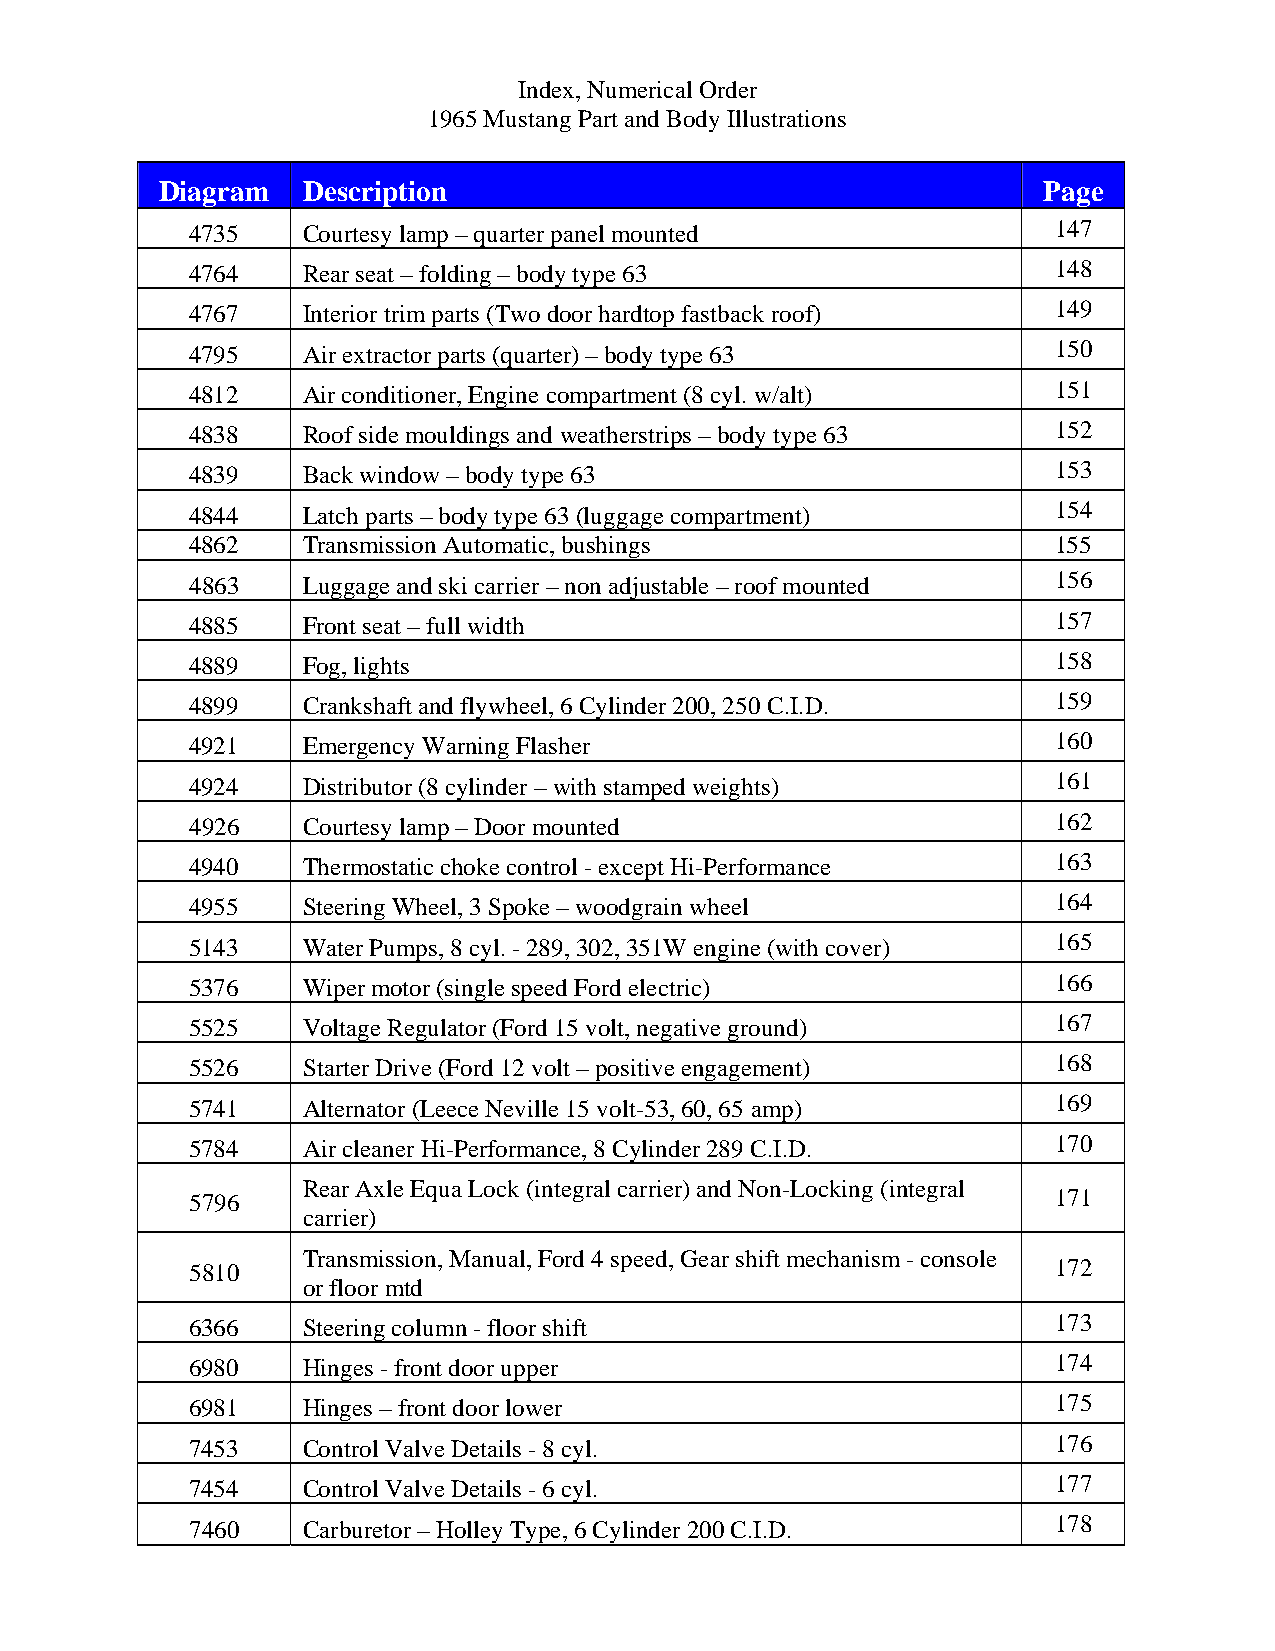
Index, Numerical Order
 1965 Mustang Part and Body Illustrations
 Diagram  Description                                      Page
 4735   Courtesy lamp – quarter panel mounted             147
 4764   Rear seat – folding – body type 63                148
 4767   Interior trim parts (Two door hardtop fastback roof) 149
 4795   Air extractor parts (quarter) – body type 63      150
 4812   Air conditioner, Engine compartment (8 cyl. w/alt) 151
 4838   Roof side mouldings and weatherstrips – body type 63 152
 4839   Back window – body type 63                        153
 4844   Latch parts – body type 63 (luggage compartment)  154
 4862   Transmission Automatic, bushings                  155
 4863   Luggage and ski carrier – non adjustable – roof mounted 156
 4885   Front seat – full width                           157
 4889   Fog, lights                                       158
 4899   Crankshaft and flywheel, 6 Cylinder 200, 250 C.I.D. 159
 4921   Emergency Warning Flasher                         160
 4924   Distributor (8 cylinder – with stamped weights)   161
 4926   Courtesy lamp – Door mounted                      162
 4940   Thermostatic choke control - except Hi-Performance 163
 4955   Steering Wheel, 3 Spoke – woodgrain wheel         164
 5143   Water Pumps, 8 cyl. - 289, 302, 351W engine (with cover) 165
 5376   Wiper motor (single speed Ford electric)          166
 5525   Voltage Regulator (Ford 15 volt, negative ground) 167
 5526   Starter Drive (Ford 12 volt – positive engagement) 168
 5741   Alternator (Leece Neville 15 volt-53, 60, 65 amp) 169
 5784   Air cleaner Hi-Performance, 8 Cylinder 289 C.I.D. 170
 Rear Axle Equa Lock (integral carrier) and Non-Locking (integral
 5796                                                     171
 carrier)
 Transmission, Manual, Ford 4 speed, Gear shift mechanism - console
 5810                                                     172
 or floor mtd
 6366   Steering column - floor shift                     173
 6980   Hinges - front door upper                         174
 6981   Hinges – front door lower                         175
 7453   Control Valve Details - 8 cyl.                    176
 7454   Control Valve Details - 6 cyl.                    177
 7460   Carburetor – Holley Type, 6 Cylinder 200 C.I.D.   178